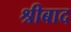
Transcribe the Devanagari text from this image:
श्रीबाद